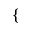
\{